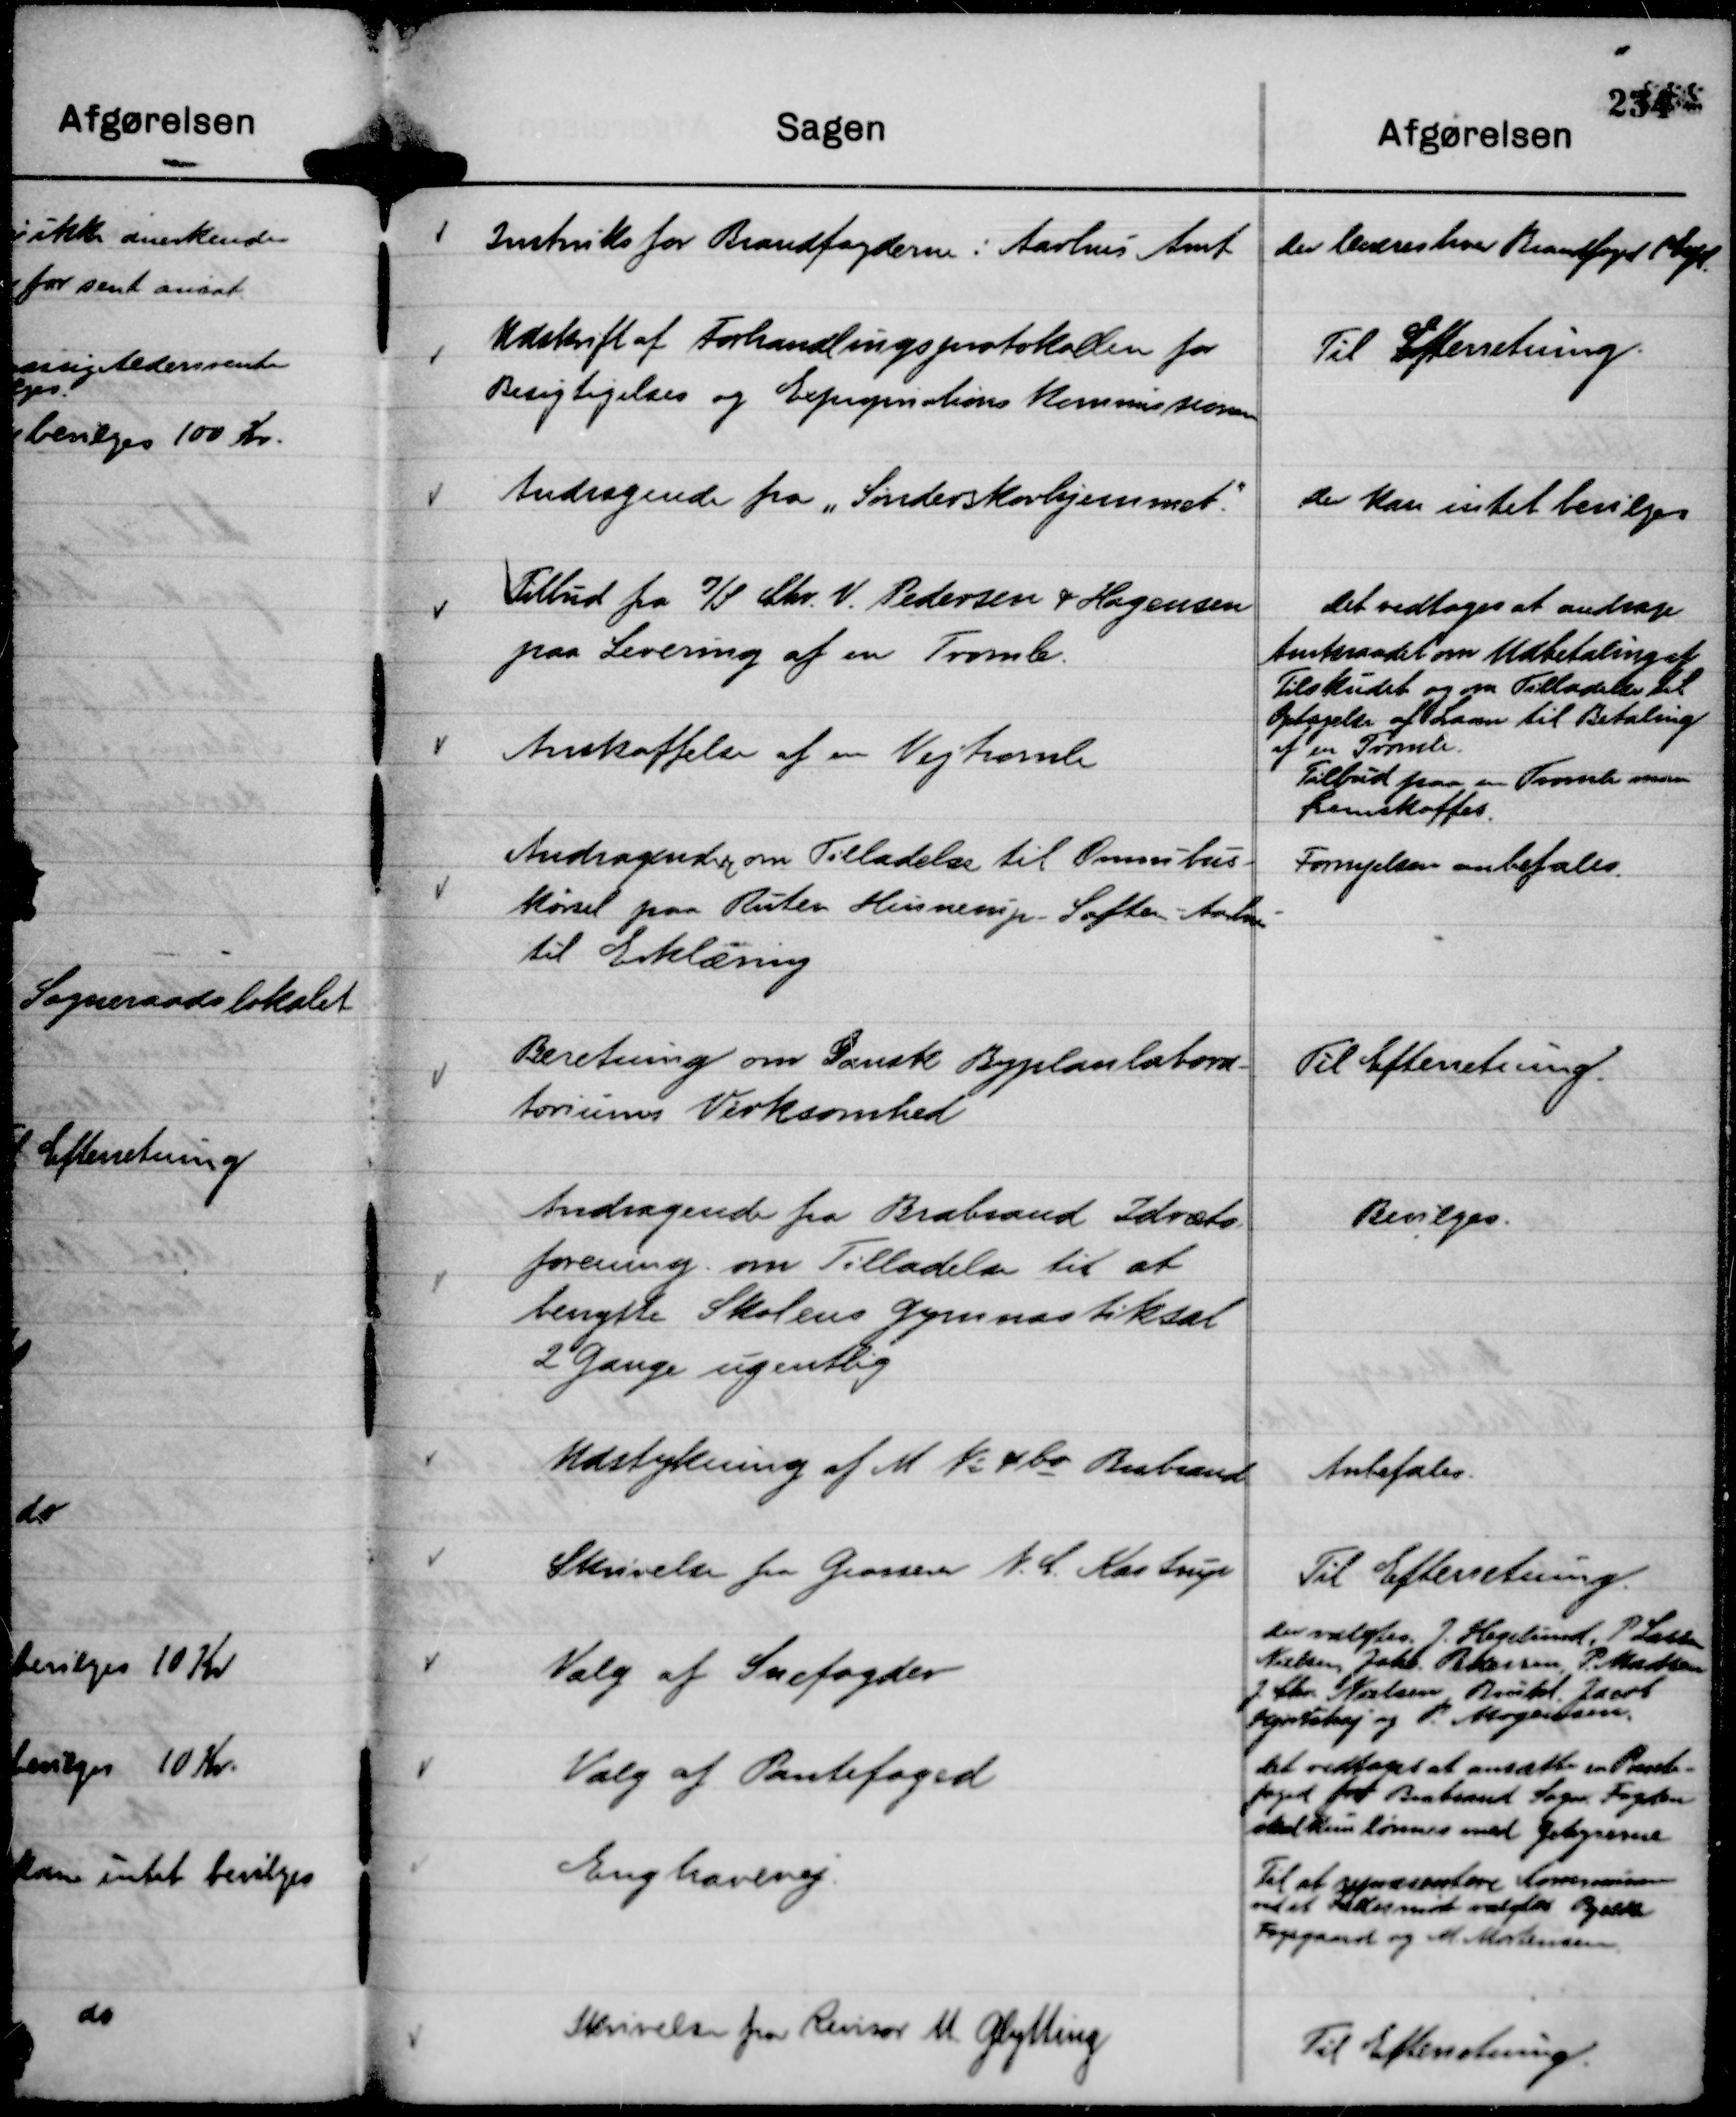
Transskription:
Instruks for Brandfogderne i Aarhus Amt

Der leveres hver Brandfoged pligt

Udskrift af Forhandlingsprotokollen for
Besigtigelses og Expropriations Kommissionen

Til Efterretning.

Andragende fra "Sønderskovhjemmet"

Der kan intet bevilges

Tilbud fra I/S Chr. V. Pedersen & Hagensen
paa Levering af en Tromle.

Det vedtoges at andrage
Amtsraadet om Udbetaling af
Tilskudet og om Tilladelse til
Optagelse af Laan til Betaling
af en Tromle.

Anskaffelse af en Vejtromle

Tilbud paa en Tromle maa
fremskaffes.

Andragende om Tilladelse til Omnibus-
kørsel paa Ruten Hinnerup - Søften - Aarhus
til Erklæring

Fornyelsen anbefales.

Beretning om Dansk Byplanlabora-
toriums Virksomhed

Til Efterretning.

Andragende fra Brabrand Idræts-
forening om Tilladelse til at
benytte Skolens Gymnastiksal
2 Gange ugentlig

Bevilges.

Udstykning af M No 4 bo Brabrand

Anbefales.

Skrivelse fra Grosserer N. C. Kastrup

Til Efterretning.

Valg af Snefogder

Der valgtes J. Hegelund, P Lassen
Nielsen, Johs. Pedersen, P. Madsen
J. Chr. Nielsen Brühl. Jacob
Hjortshøj og P. Mogensen.

Valg af Pantefoged

Det vedtoges at ansætte en Pante-
foged for Brabrand Sogn Fogden
skal kun lønnes med Gebyrerne

Enghavevej

Til at repræsentere Kommunen
ved et Fællesmøde valgtes Bjelke
Fogsgaard og M. Mortensen.

Skrivelse fra Revisor M. Glytting

Til Efterretning.